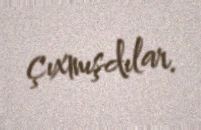
çıxmışdılar.